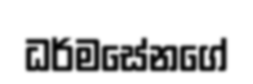
ධර්මසේනගේ